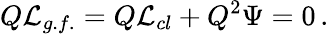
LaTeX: Q{\cal L}_{g.f.}=Q{\cal L}_{cl}+Q^{2}\Psi=0\, .